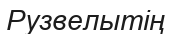
Рузвелытің